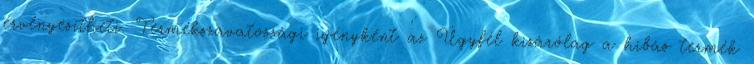
érvényesítheti. Termékszavatossági igényként az Ügyfél kizárólag a hibás termék